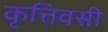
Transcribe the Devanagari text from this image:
कृत्तिवसी